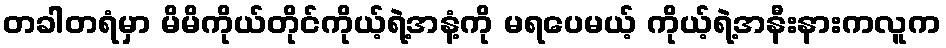
တခါတရံမှာ မိမိကိုယ်တိုင်ကိုယ့်ရဲ့အနံ့ကို မရပေမယ့် ကိုယ့်ရဲ့အနီးနားကလူက